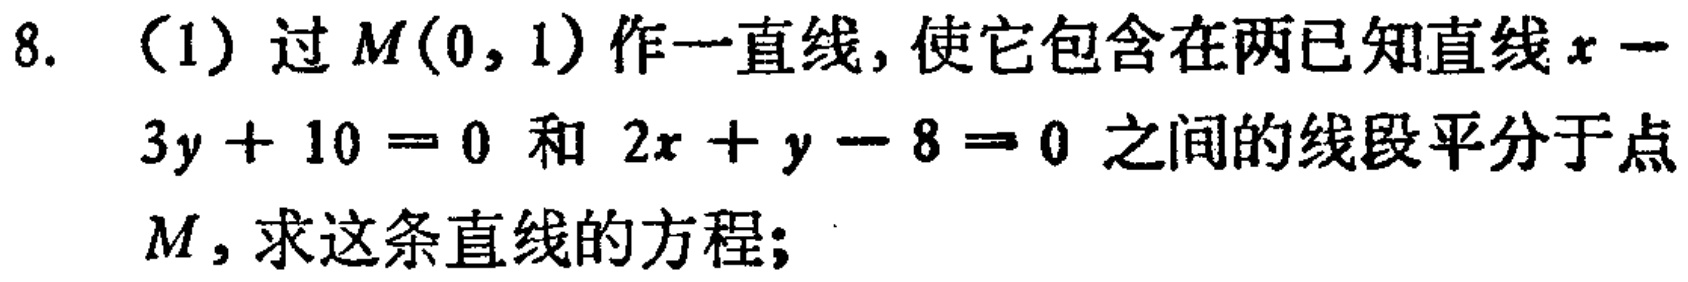
8. （1）过\(M(0,1)\)作一直线，使它包含在两已知直线\(x - 3y + 10 = 0\)和\(2x + y - 8 = 0\)之间的线段平分于点\(M\)，求这条直线的方程；